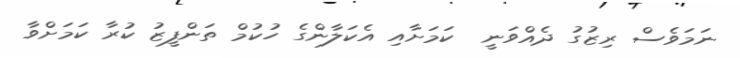
ނަމަވެސް ރިޒުގު ދެއްވަނީ  ކަމަށާއި އެކަލާންގެ ހުކުމް ތަންފީޒު ކުރާ ކަމަށްވާ